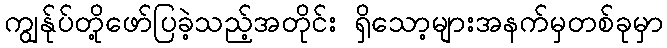
ကျွန်ုပ်တို့ဖော်ပြခဲ့သည့်အတိုင်း ရှိသော့များအနက်မှတစ်ခုမှာ